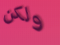
ولكن